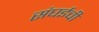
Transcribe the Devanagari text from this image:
संघईची